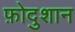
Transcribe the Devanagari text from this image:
फ़ोदुशान